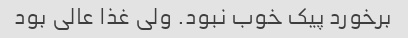
برخورد پیک خوب نبود. ولی غذا عالی بود